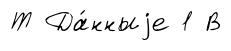
Т Да́нныjе 1 В